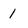
Character: 1